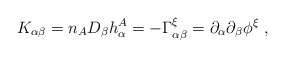
\begin{align*}K_{\alpha\beta} = n_AD_\beta h^A_\alpha = -\Gamma^\xi_{\alpha\beta}= \partial_\alpha\partial_\beta \phi^\xi ~,\end{align*}